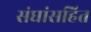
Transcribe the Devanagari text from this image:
संघांसहित